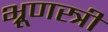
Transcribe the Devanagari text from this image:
भ्रूणस्त्री